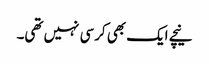
نیچے ایک بھی کرسی نہیں تھی۔